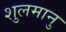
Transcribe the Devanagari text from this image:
शुलमानु